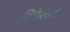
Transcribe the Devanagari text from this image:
विठेघाट